Document type: Testament
Year: 1300
Scribe: Bonanat d'Esparreguera
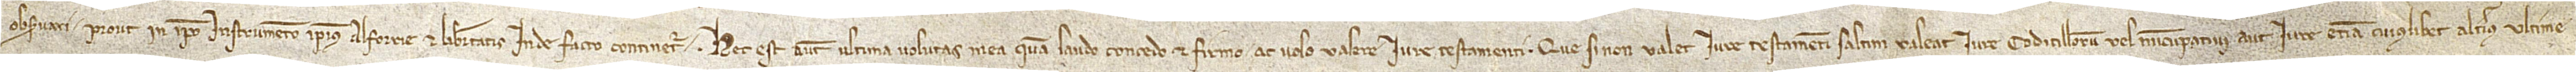
observari prout in ipso instrumento ipsius alforrie et libertatis inde facto continetur. Hes est autem ultima voluntas mea, quam laudo, concedo et firmo ac volo valere iure testamenti. Que si non valet iure testamenti, saltim valeat iure codicillorum vel nuncupativi aut iure etiam cuiuslibet alterius ultime